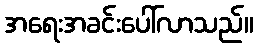
အရေးအခင်းပေါ်လာသည်။